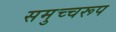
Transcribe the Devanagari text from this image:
समुच्चरूप